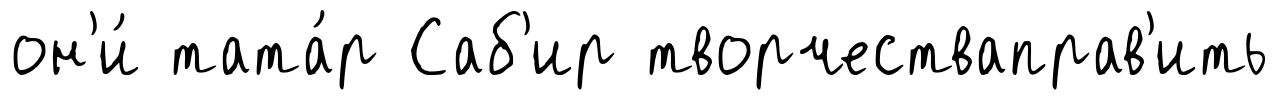
он'и́ тата́р Саб'ир творчестваправ'ить